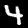
Label: 4